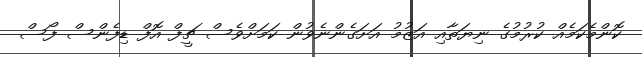
ކޮންމެކަމެއް ކުރުމުގެ ނިޔަތާއި އަޒުމު އަށަގެންނެވުން ކަމަށްވެސް ޗީފް އޮފް ޑިފެންސް ފޯސް